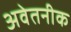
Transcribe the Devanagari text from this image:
अवेतनीक